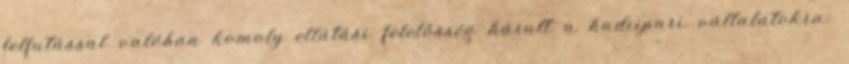
felfutással valóban komoly ellátási felelősség hárult a hadiipari vállalatokra: